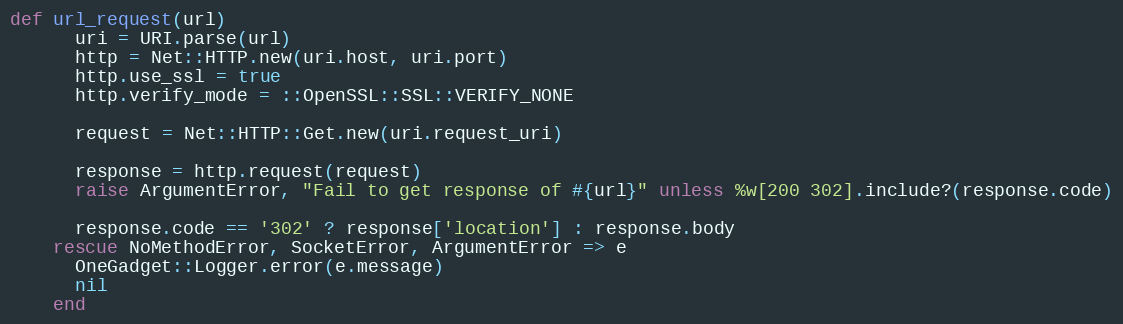
Language: Ruby
def url_request(url)
      uri = URI.parse(url)
      http = Net::HTTP.new(uri.host, uri.port)
      http.use_ssl = true
      http.verify_mode = ::OpenSSL::SSL::VERIFY_NONE

      request = Net::HTTP::Get.new(uri.request_uri)

      response = http.request(request)
      raise ArgumentError, "Fail to get response of #{url}" unless %w[200 302].include?(response.code)

      response.code == '302' ? response['location'] : response.body
    rescue NoMethodError, SocketError, ArgumentError => e
      OneGadget::Logger.error(e.message)
      nil
    end